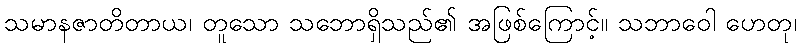
သမာနဇာတိတာယ၊ တူသော သဘောရှိသည်၏ အဖြစ်ကြောင့်။ သဘာဝေါ ဟေတု၊